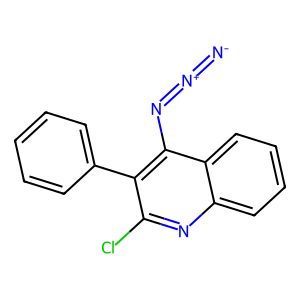
SMILES: [N-]=[N+]=Nc1c(-c2ccccc2)c(Cl)nc2ccccc12
Inhibits HIV replication: No